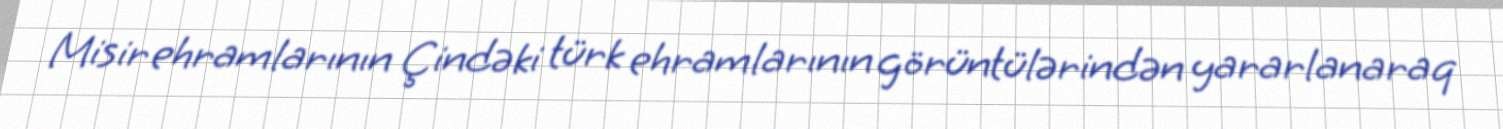
Misir ehramlarının Çindəki türk ehramlarının görüntülərindən yararlanaraq